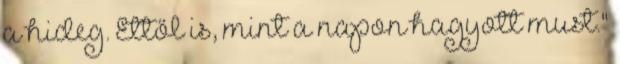
a hideg. Ettől is, mint a napon hagyott must."